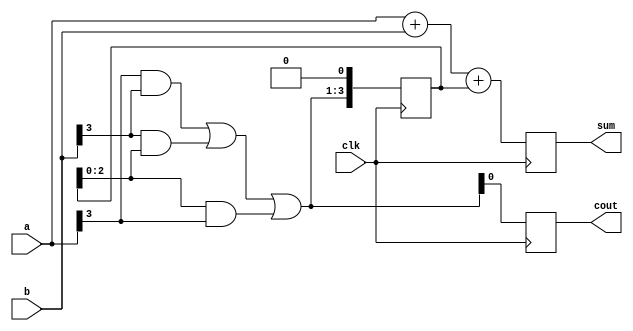
module manchester_carry_chain_adder (
    input wire [3:0] a,
    input wire [3:0] b,
    output reg [3:0] sum,
    output reg cout,

    input wire clk
);

reg [3:0] carry;

always @(posedge clk) begin
    sum <= a + b + carry;
    cout <= ((a[3] & b[3]) | (b[3] & carry) | (carry & a[3]));
    carry <= ((a[3] & b[3]) | (b[3] & carry) | (carry & a[3])) << 1;
end

endmodule